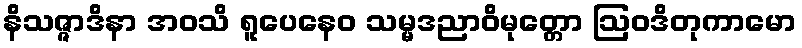
နိသဇ္ဇာဒိနာ အဝသိ ရူပေနေဝ သမ္မဒညာဝိမုတ္တော ဩဝဒိတုကာမော